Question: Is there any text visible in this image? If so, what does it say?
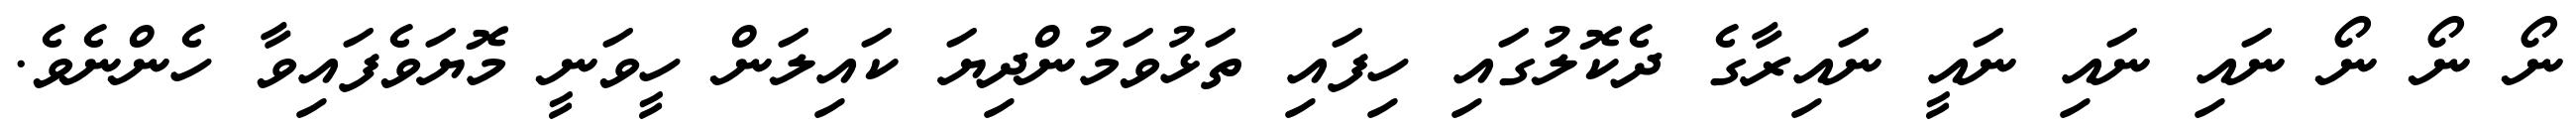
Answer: ނޯ ނޯ ނޯ ނައި ނައި ނައީ ނައިރާގެ ދެކޮލުގައި ހިފައި ތަޅުވަމުންދިޔަ ކައިލަން ހީވަނީ މޮޔަވެފައިވާ ހެންނެވެ.